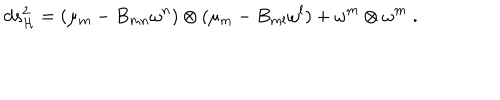
LaTeX: d s _ { \cal H } ^ { 2 } = ( \mu _ { m } - B _ { m n } \omega ^ { n } ) \otimes ( \mu _ { m } - B _ { m l } \omega ^ { l } ) + \omega ^ { m } \otimes \omega ^ { m } \; .